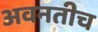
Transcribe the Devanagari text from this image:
अवनतीच